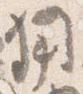
用